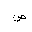
Letter: _sad